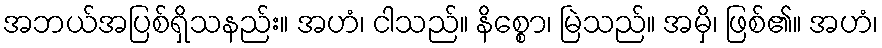
အဘယ်အပြစ်ရှိသနည်း။ အဟံ၊ ငါသည်။ နိစ္စော၊ မြဲသည်။ အမှိ၊ ဖြစ်၏။ အဟံ၊